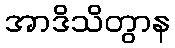
အာဒိသိတွာန